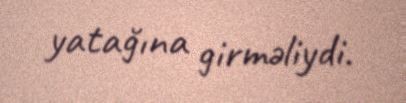
yatağına girməliydi.